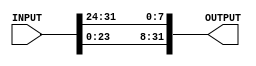
module Rot_Word(
    input [0:31] INPUT,
    output [0:31] OUTPUT
    );

assign OUTPUT = {INPUT[8:15], INPUT[16:23], INPUT[24:31], INPUT[0:7]};

endmodule